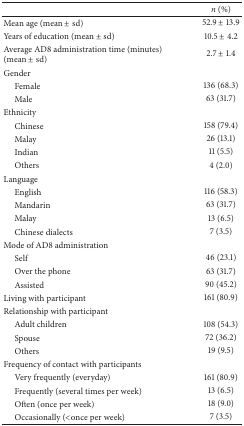
|  | n (%) |
 | --- | --- |
 | Mean age (mean ± sd) | 52.9 ± 13.9 |
 | Years of education (mean ± sd) | 10.5 ± 4.2 |
 | Average AD8 administration time (minutes) (mean ± sd) | 2.7 ± 1.4 |
 | Gender |  |
 | Female | 136 (68.3) |
 | Male | 63 (31.7) |
 | Ethnicity |  |
 | Chinese | 158 (79.4) |
 | Malay | 26 (13.1) |
 | Indian | 11 (5.5) |
 | Others | 4 (2.0) |
 | Language |  |
 | English | 116 (58.3) |
 | Mandarin | 63 (31.7) |
 | Malay | 13 (6.5) |
 | Chinese dialects | 7 (3.5) |
 | Mode of AD8 administration |  |
 | Self | 46 (23.1) |
 | Over the phone | 63 (31.7) |
 | Assisted | 90 (45.2) |
 | Living with participant | 161 (80.9) |
 | Relationship with participant |  |
 | Adult children | 108 (54.3) |
 | Spouse | 72 (36.2) |
 | Others | 19 (9.5) |
 | Frequency of contact with participants |  |
 | Very frequently (everyday) | 161 (80.9) |
 | Frequently (several times per week) | 13 (6.5) |
 | Often (once per week) | 18 (9.0) |
 | Occasionally (<once per week) | 7 (3.5) |